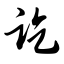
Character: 讫